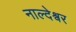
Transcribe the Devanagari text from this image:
नाल्देश्वर